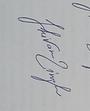
Signature authenticity: genuine